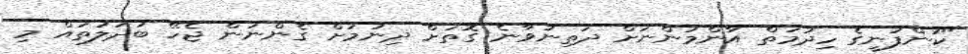
"ކުންފުނީގެ ހިދުމަތް އާންމުންނަށް ދަތިނުވާނެ ގޮތަށް ދިނުމަށް ގެންނަން ޖެހޭ ބަދަލުތައް މި